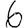
Digit: 6